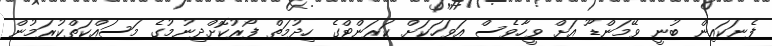
ފެނަކައިން ބުނީ ވޭމަންޑޫ އަށް ވީހާވެސް އަވަހަކަށް ކަރަންޓްގެ ހިދުމަތް ފޯރުކޮށްދިނުމުގެ މަސައްކަތްކުރަމުން